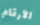
الأرقام